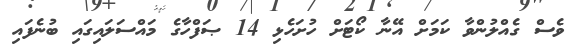
ވެސް ގެއްލުންވާ ކަމަށް އޭނާ ކޯޓަށް ހުށަހެޅި 14 ޞަފްހާގެ މައްސަލައިގައި ބުނެފައި